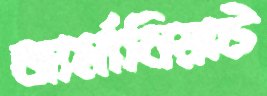
জার্মানিয়াউ